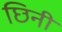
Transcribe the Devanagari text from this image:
छिनी